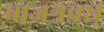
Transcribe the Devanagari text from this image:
वाजश्रवस्